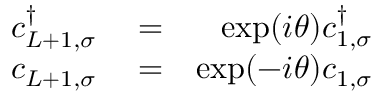
\begin{array} { r l r } { c _ { L + 1 , \sigma } ^ { \dagger } } & { { } = } & { \exp ( i \theta ) c _ { 1 , \sigma } ^ { \dagger } } \\ { c _ { L + 1 , \sigma } } & { { } = } & { \exp ( - i \theta ) c _ { 1 , \sigma } } \end{array}